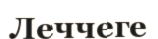
Леччеге